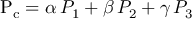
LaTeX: \mathrm { P _ { c } } = \alpha \, P _ { 1 } + \beta \, P _ { 2 } + \gamma \, P _ { 3 }